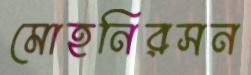
মোহনিরসন